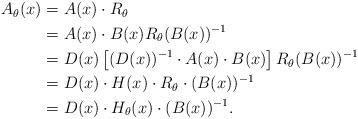
LaTeX: \begin{align*}\begin{aligned}A_\theta(x)&=A(x)\cdot R_\theta\\&=A(x)\cdot B(x)R_\theta(B(x))\sp{-1}\\&=D(x)\left[(D(x))\sp{-1}\cdot A(x)\cdot B(x)\right]R_\theta(B(x))\sp{-1}\\&=D(x)\cdot H(x)\cdot R_\theta\cdot(B(x))\sp{-1}\\&=D(x)\cdot H_\theta(x)\cdot(B(x))\sp{-1}.\end{aligned}\end{align*}